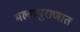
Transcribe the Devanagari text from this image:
मल्लपुराणात